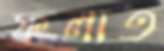
ফলাত